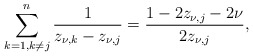
\begin{align*} \sum_{{k=1, k\neq j}}^n\dfrac{1}{z_{\nu,k}-z_{\nu,j}}=\dfrac{1-2z_{\nu,j}-2\nu}{2z_{\nu,j}},\end{align*}